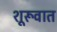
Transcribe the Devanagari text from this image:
शूरूवात